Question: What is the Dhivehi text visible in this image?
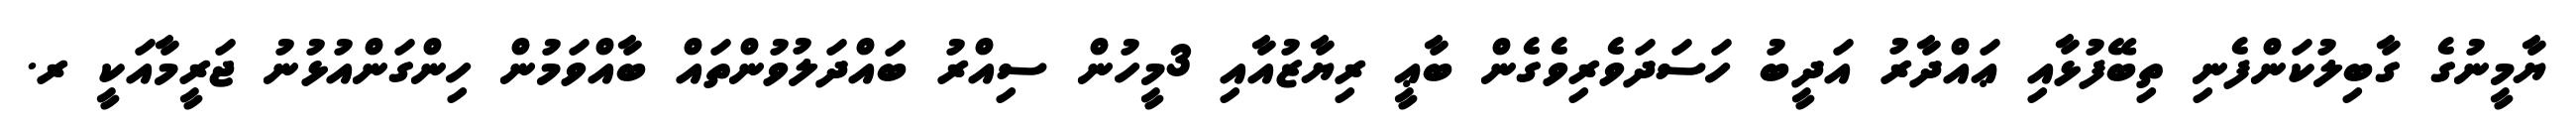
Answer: ޔާމީނުގެ ގާބިލުކަންފެނި ތިބޭފުޅާއި ޢައްދާރު އަދީބު ހަސަދަވެރިވެގެން ބާޢީ ރިޔާޒުއާއި 3މީހުން ސިއްރު ބައްދަލުވުންތައް ބާއްވަމުން ހިންގަންއުޅުނު ޖަރީމާއަކީ ރ.